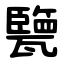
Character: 㽉